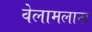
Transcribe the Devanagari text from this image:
वेलामलाना